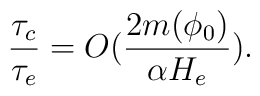
\frac{\tau_c}{\tau_e}=O( \frac{2m(\phi_0)}{\alpha H_e}).